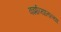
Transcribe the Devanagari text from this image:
वर्झाव्यातल्या